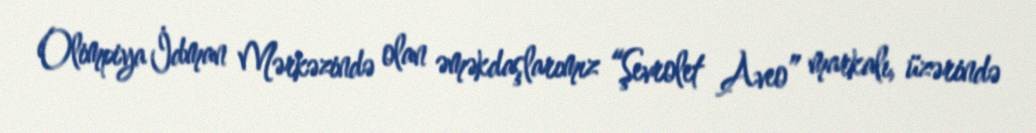
Olimpiya İdman Mərkəzində olan əməkdaşlarımız “Şevrolet Aveo” markalı, üzərində